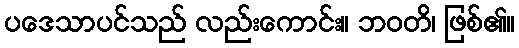
ပဒေသာပင်သည် လည်းကောင်း။ ဘဝတိ၊ ဖြစ်၏။